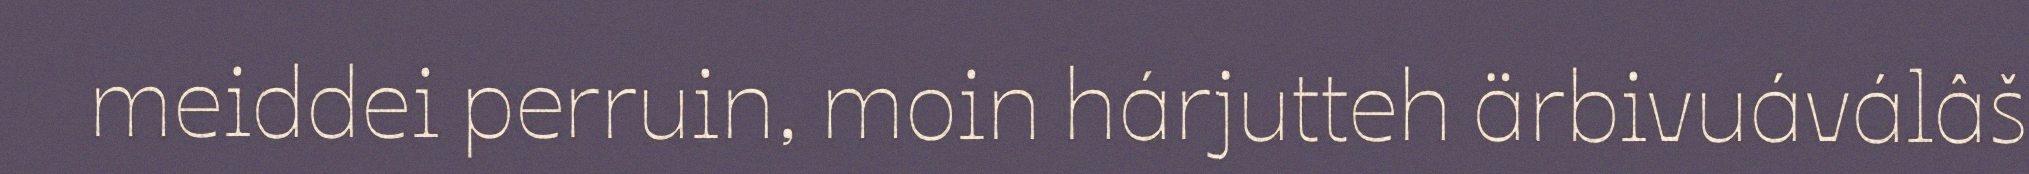
meiddei perruin, moin hárjutteh ärbivuáválâš